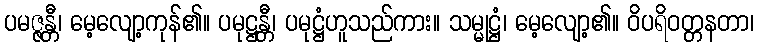
ပမဇ္ဇန္တီ၊ မေ့လျော့ကုန်၏။ ပမုဋ္ဌန္တီ၊ ပမုဋ္ဌံဟူသည်ကား။ သမ္မုဋ္ဌံ၊ မေ့လျော့၏။ ဝိပရိဝတ္တနတာ၊